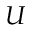
U